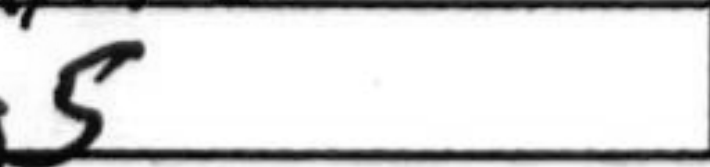
Transcription: g5